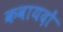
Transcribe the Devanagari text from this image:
कवायदों